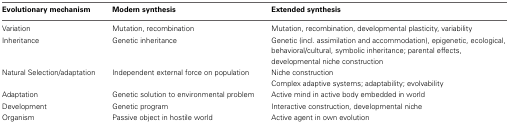
<table><thead><tr><td><b>Evolutionary mechanism</b></td><td><b>Modern synthesis</b></td><td><b>Extended synthesis</b></td></tr></thead><tbody><tr><td>Variation</td><td>Mutation, recombination</td><td>Mutation, recombination, developmental plasticity, variability</td></tr><tr><td>Inheritance</td><td>Genetic inheritance</td><td>Genetic (incl. assimilation and accommodation), epigenetic, ecological, behavioral/cultural, symbolic inheritance; parental effects, developmental niche construction</td></tr><tr><td>Natural Selection/adaptation</td><td>Independent external force on population</td><td>Niche construction Complex adaptive systems; adaptability; evolvability</td></tr><tr><td>Adaptation</td><td>Genetic solution to environmental problem</td><td>Active mind in active body embedded in world</td></tr><tr><td>Development</td><td>Genetic program</td><td>Interactive construction, developmental niche</td></tr><tr><td>Organism</td><td>Passive object in hostile world</td><td>Active agent in own evolution</td></tr></tbody></table>